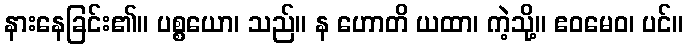
နားနေခြင်း၏။ ပစ္စယော၊ သည်။ န ဟောတိ ယထာ၊ ကဲ့သို့။ ဧဝမေဝ၊ ပင်။